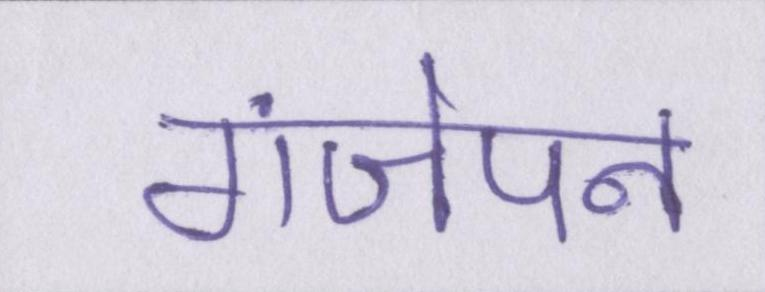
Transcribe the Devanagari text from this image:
गंजेपन